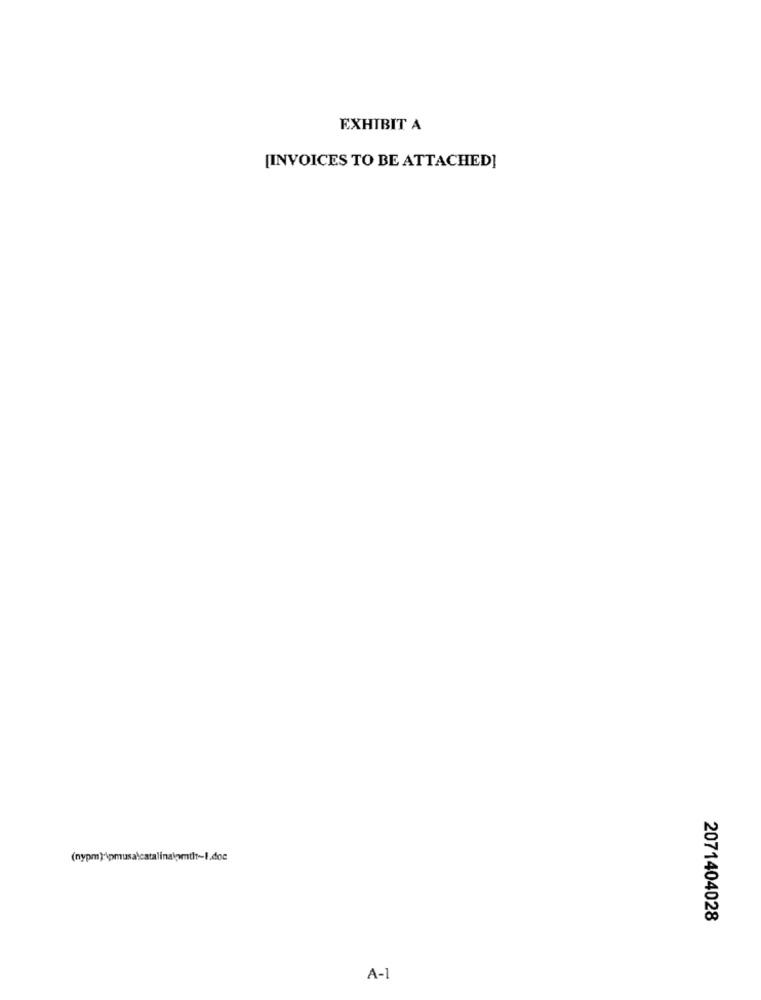
EXHIBIT A
[INVOICES TO BE ATTACHED]
(nypm):\pmusa\catalina\omtlt~I.doc
2071404028
A-1